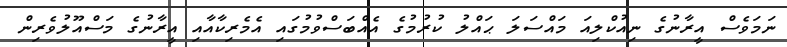
ނަމަވެސް އީރާނުގެ ނިއުކްލިއަ މައްސަލަ ޙައްލު ކުރުމުގެ އެއްބަސްވުމުގައި އެމެރިކާއާއި އީރާނުގެ މަސްއޫލުވެރިން